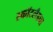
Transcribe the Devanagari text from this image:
स्कॉटलँडचा